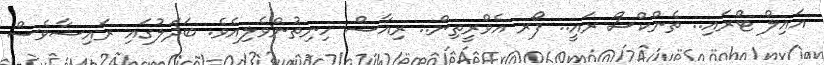
އައިލް ޓްރައި.. ތެންކްސް ރައީ.. ފޯރ އެވްރީތިން.. ރިއާޝް ހިނިތުންވެލިއެވެ. ބަދަލުގައި ރައިޝާވެސް